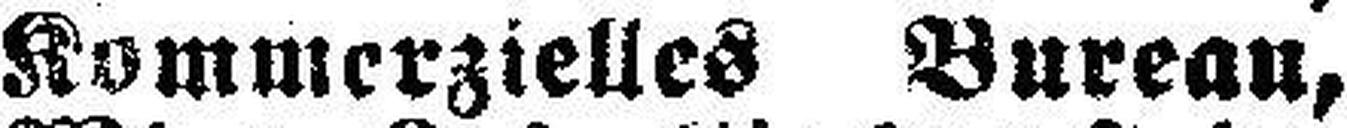
Kommerzielles Bureau,